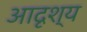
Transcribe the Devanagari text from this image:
आदृश्य